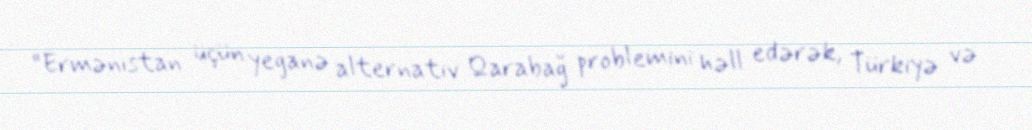
“Ermənistan üçün yeganə alternativ Qarabağ problemini həll edərək, Türkiyə və